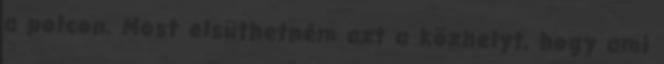
a polcon. Most elsüthetném azt a közhelyt, hogy ami